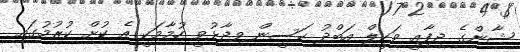
ޝާންގެ ދިފާއީ ވަކީލް އަބްދު ހަސީން ވިދާޅުވީ ހުމާމަކީ އެ ކުށް ކުރުމުގައި